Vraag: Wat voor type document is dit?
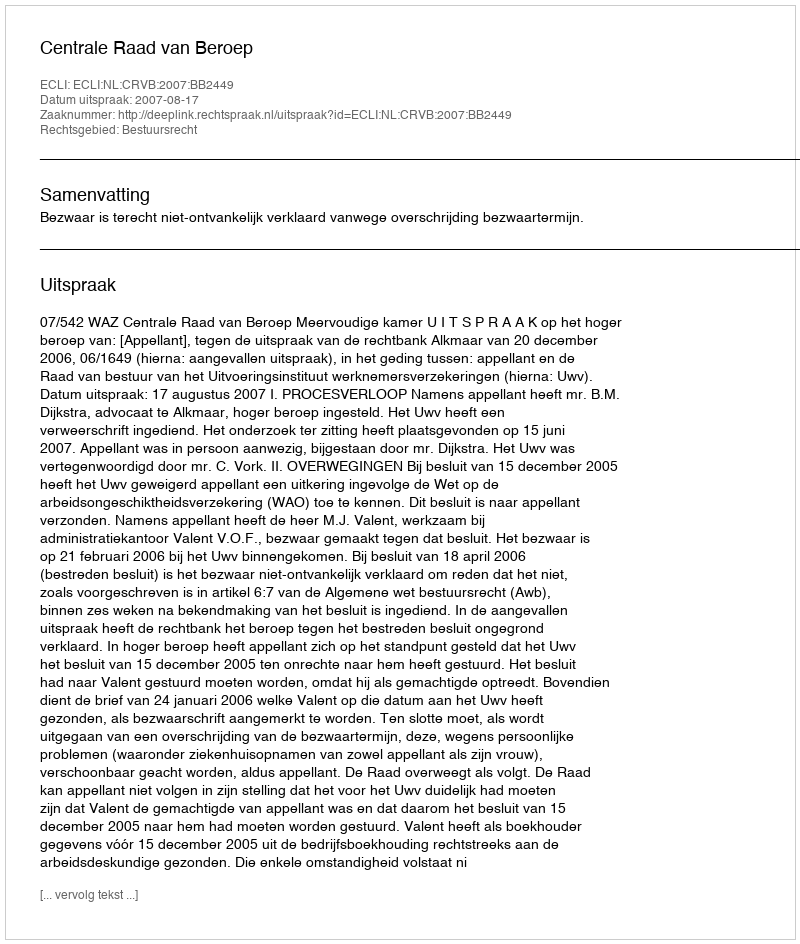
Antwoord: Uitspraak